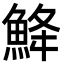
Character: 𩷄